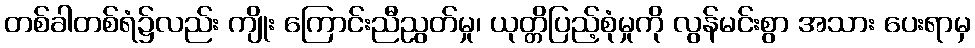
တစ်ခါတစ်ရံ၌လည်း ကျိုး ကြောင်းညီညွတ်မှု၊ ယုတ္တိပြည့်စုံမှုကို လွန်မင်းစွာ အသား ပေးရာမှ